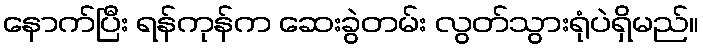
နောက်ပြီး ရန်ကုန်က ဆေးခွဲတမ်း လွတ်သွားရုံပဲရှိမည်။